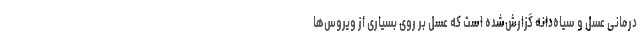
درمانی عسل و سیاه‌دانه گزارش‌شده است که عسل بر روی بسیاری از ویروس‌ها